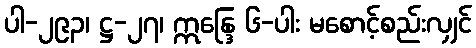
ပါ-၂၉၃၊ ဋ္ဌ-၂၇၊ ဣန္ဒြေ ၆-ပါး မစောင့်စည်းလျှင်